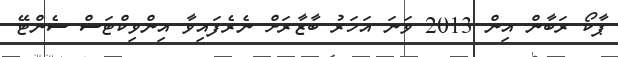
ޕާކޯ ރަބާން އިން 2013 ވަނަ އަހަރު ބާޒާރަށް ނެރެފައިވާ އިންވިކްޓަސް ސެންޓޭ